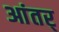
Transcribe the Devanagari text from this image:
आंतर्